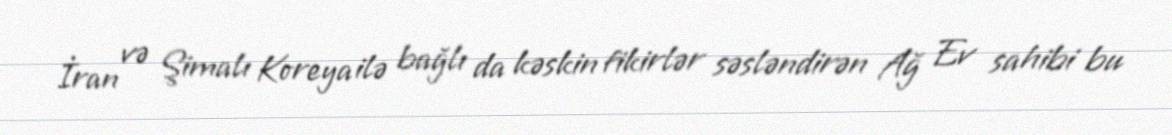
İran və Şimalı Koreya ilə bağlı da kəskin fikirlər səsləndirən Ağ Ev sahibi bu